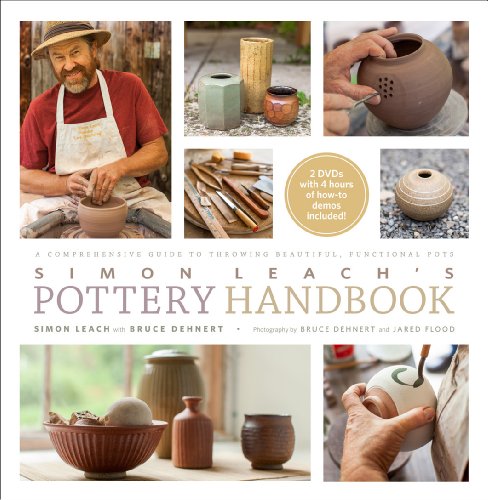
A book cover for Simon Leach's Pottery Handbook: A Comprehensive Guide to Throwing Beautiful, Functional Pots; Simon Leach; Crafts, Hobbies & Home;